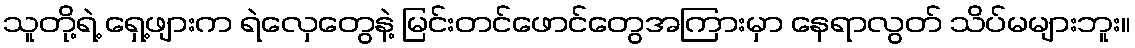
သူတို့ရဲ့ ရှေ့ဖျားက ရဲလှေတွေနဲ့ မြင်းတင်ဖောင်တွေအကြားမှာ နေရာလွတ် သိပ်မများဘူး။